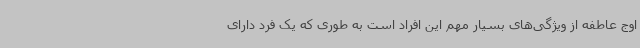
اوج عاطفه از ویژگی‌های بسیار مهم این افراد است به طوری که یک فرد دارای